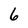
Character: 6